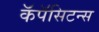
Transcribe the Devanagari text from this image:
कॅपॅसिटन्स